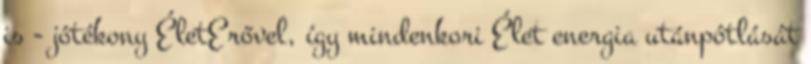
is - jótékony ÉletErővel, így mindenkori Élet energia utánpótlását